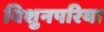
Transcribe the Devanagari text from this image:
विशुनपरिया